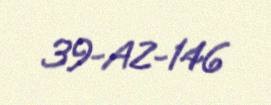
39-AZ-146